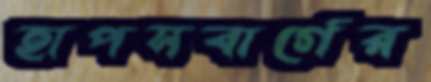
হাপসবার্গের